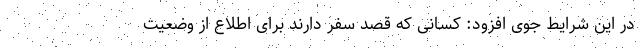
در این شرایط جوی افزود: کسانی که قصد سفر دارند برای اطلاع از وضعیت